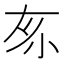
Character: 𡭡